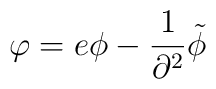
\varphi=e\phi-{1\over\partial^2}\tilde\phi